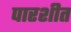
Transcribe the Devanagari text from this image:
पारशीत